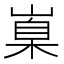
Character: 𡺼